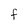
Character: f